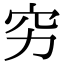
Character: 穷